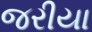
જરીયા